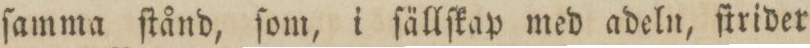
ſamma ſtånd, ſom, i ſällſkap med adeln, ſtrider